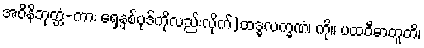
အဝိနိဘုတ္တံ-ကား ရှေ့နှစ်ပုဒ်ကိုလည်းလိုက်)ထဒ္ဓလက္ခဏံ၊ ကို။ ပထဝီဓာတူတိ၊